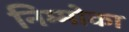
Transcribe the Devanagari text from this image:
निम्मोका